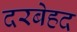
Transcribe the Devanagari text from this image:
दरबेहद